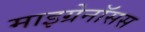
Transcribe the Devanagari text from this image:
माइग्रेनॉसस